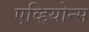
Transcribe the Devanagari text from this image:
एव्हियोन्स